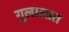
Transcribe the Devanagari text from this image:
गुलालात